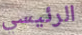
الرئيسي